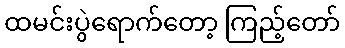
ထမင်းပွဲရောက်တော့ ကြည့်တော်